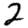
Digit: 2